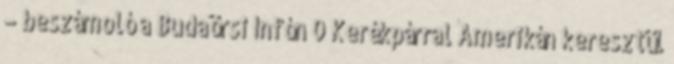
– beszámoló a Budaörsi Infón 0 Kerékpárral Amerikán keresztül